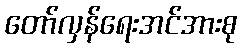
တော်လှန်ရေးအင်အားစု